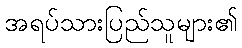
အရပ်သားပြည်သူများ၏